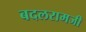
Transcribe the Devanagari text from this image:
बदलरामजी